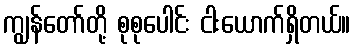
ကျွန်တော်တို့ စုစုပေါင်း ငါးယောက်ရှိတယ်။